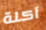
آكلة